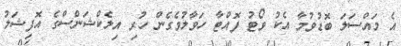
އެ މައްސަލަ ބޮޑުވުމާ އެކު ވޯޓު ފޮއްޓާ ހަވާލުވެގެން ހުރި އިލެކްޝަންސްގެ އޮފިޝަލު